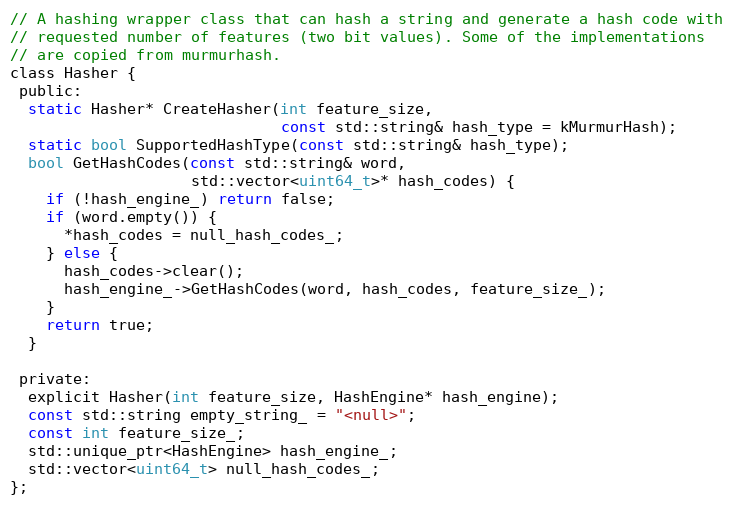
Language: C
// A hashing wrapper class that can hash a string and generate a hash code with
// requested number of features (two bit values). Some of the implementations
// are copied from murmurhash.
class Hasher {
 public:
  static Hasher* CreateHasher(int feature_size,
                              const std::string& hash_type = kMurmurHash);
  static bool SupportedHashType(const std::string& hash_type);
  bool GetHashCodes(const std::string& word,
                    std::vector<uint64_t>* hash_codes) {
    if (!hash_engine_) return false;
    if (word.empty()) {
      *hash_codes = null_hash_codes_;
    } else {
      hash_codes->clear();
      hash_engine_->GetHashCodes(word, hash_codes, feature_size_);
    }
    return true;
  }

 private:
  explicit Hasher(int feature_size, HashEngine* hash_engine);
  const std::string empty_string_ = "<null>";
  const int feature_size_;
  std::unique_ptr<HashEngine> hash_engine_;
  std::vector<uint64_t> null_hash_codes_;
};